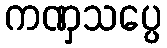
ကဏှသပ္ပေ